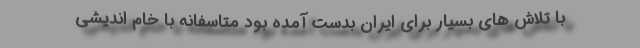
با تلاش های بسیار برای ایران بدست آمده بود متاسفانه با خام اندیشی